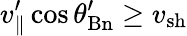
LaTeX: v_{\parallel}^{\prime}\cos\theta_{\mathrm{Bn}}^{\prime}\geq v_{\mathrm{{sh}}}